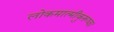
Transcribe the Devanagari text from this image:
लोकमात्मीकुरूष्व।